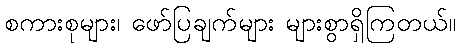
စကားစုများ၊ ဖော်ပြချက်များ များစွာရှိကြတယ်။